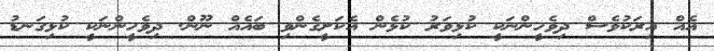
އެއް އިރަކުވެސް ދިވެހީންނަކީ ކުޅިވަރު ކުޅެން އެކަށީގެންވި ބައެއް ނޫން. ދިވެހީންނަކީ ކުޅިގަނޑު